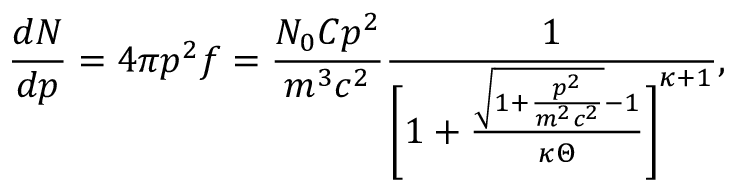
\frac { d N } { d p } = 4 \pi p ^ { 2 } f = \frac { N _ { 0 } C p ^ { 2 } } { m ^ { 3 } c ^ { 2 } } \frac { 1 } { \Bigg [ 1 + \frac { \sqrt { 1 + \frac { p ^ { 2 } } { m ^ { 2 } c ^ { 2 } } } - 1 } { \kappa \Theta } \Bigg ] ^ { \kappa + 1 } } ,